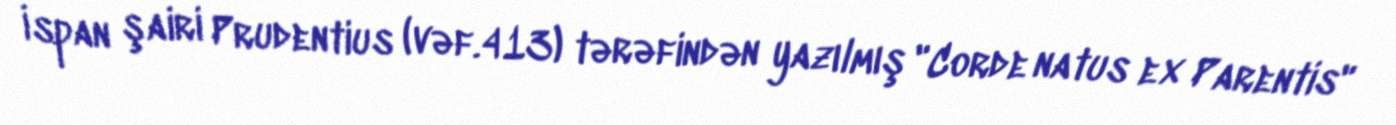
İspan şairi Prudentius (vəf.413) tərəfindən yazılmış "Corde natus ex Parentis"